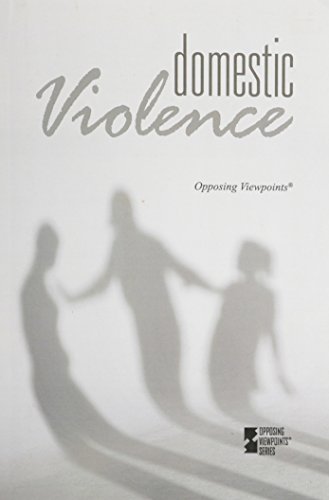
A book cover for Domestic Violence (Opposing Viewpoints); Louise I. Gerdes; Teen & Young Adult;